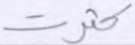
كثرت